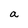
Character: a